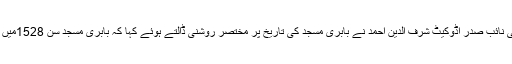
ایس ڈی پی آئی قومی نائب صدر اڈوکیٹ شرف الدین احمد نے بابری مسجد کی تاریخ پر مختصر روشنی ڈالتے ہوئے کہا کہ بابری مسجد سن 1528میں تعمیر کی گئی تھی۔